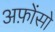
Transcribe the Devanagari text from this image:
अफ़ोंसो